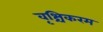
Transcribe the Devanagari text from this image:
वृश्चिकरम